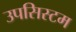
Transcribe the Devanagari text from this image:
उपसिस्टम